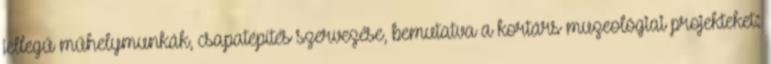
jellegű műhelymunkák, csapatépítés szervezése, bemutatva a kortárs muzeológiai projekteket: